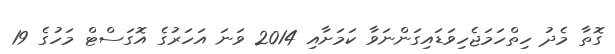
ގޮތާ މެދު ހިތްހަމަޖެހިވަޑައިގަންނަވާ ކަމަށާއި 2014 ވަނަ އަހަރުގެ އޮގަސްޓް މަހުގެ 19